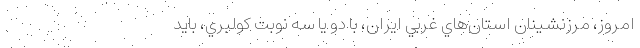
امروز، مرزنشينان استان‌هاي غربي ايران، با دو يا سه نوبت كولبري، بايد